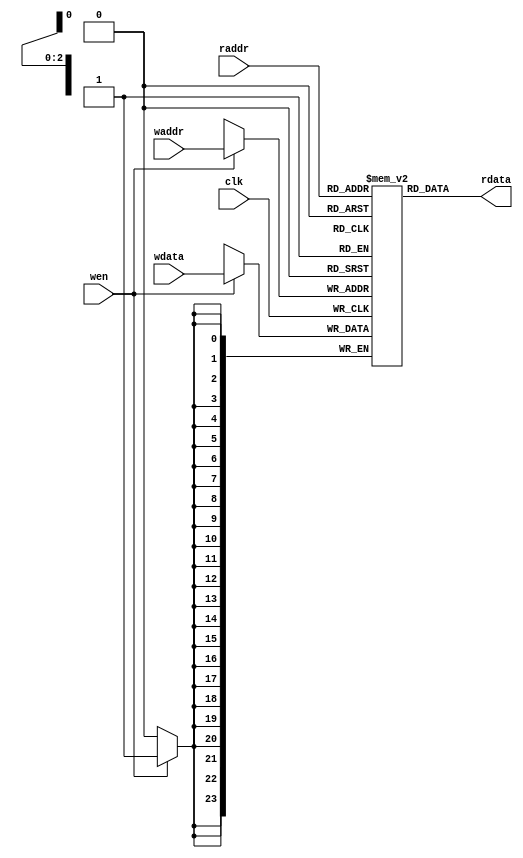
`timescale 10 ns / 1 ns

`define TARRAY_DATA_WIDTH 24
`define TARRAY_ADDR_WIDTH 3
`define TARRAY_SET 8
//setTARRAT_SET TARRT_ADDR_WIDTH
module tag_array(
	input                             clk,
	input  [`TARRAY_ADDR_WIDTH - 1:0] waddr,
	input  [`TARRAY_ADDR_WIDTH - 1:0] raddr,
	input                             wen,
	input  [`TARRAY_DATA_WIDTH - 1:0] wdata,
	output [`TARRAY_DATA_WIDTH - 1:0] rdata
);

	reg [`TARRAY_DATA_WIDTH-1:0] array[ `TARRAY_SET - 1 : 0];
	
	always @(posedge clk)
	begin
		if(wen)
			array[waddr] <= wdata;
	end 

assign rdata = array[raddr];

endmodule